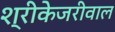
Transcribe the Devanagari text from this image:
श्रीकेजरीवाल